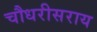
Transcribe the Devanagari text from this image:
चौधरीसराय